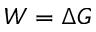
W = \Delta G